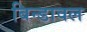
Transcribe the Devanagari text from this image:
बिन्डावल